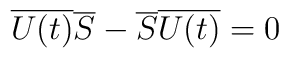
\overline{U(t)}\overline{S}-\overline{S}\overline{U(t)}=0